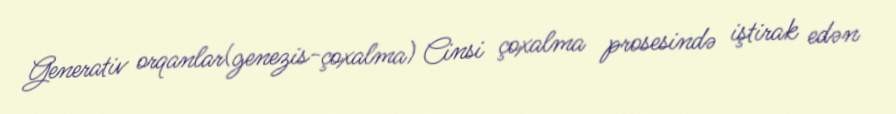
Generativ orqanlar(genezis-çoxalma) Cinsi çoxalma prosesində iştirak edən